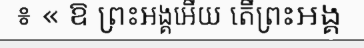
៖ « ឱ ព្រះអង្គអើយ តើព្រះអង្គ